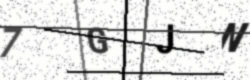
Text: 7GJN